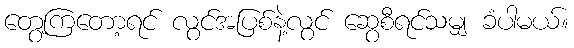
တွေ့ကြတော့ရင် လွင်အပြစ်နဲ့လွင် ဆွေစီရင်သမျှ ခံပါမယ်။